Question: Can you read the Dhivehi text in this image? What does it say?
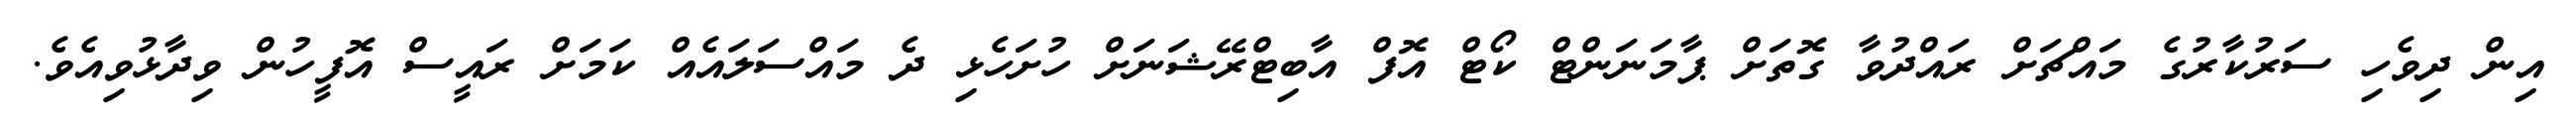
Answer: އިން ދިވެހި ސަރުކާރުގެ މައްޗަށް ރައްދުވާ ގޮތަށް ޕާމަނަންޓް ކޯޓް އޮފް އާބިޓްރޭޝަނަށް ހުށަހެޅި ދެ މައްސަލައެއް ކަމަށް ރައީސް އޮފީހުން ވިދާޅުވިއެވެ.